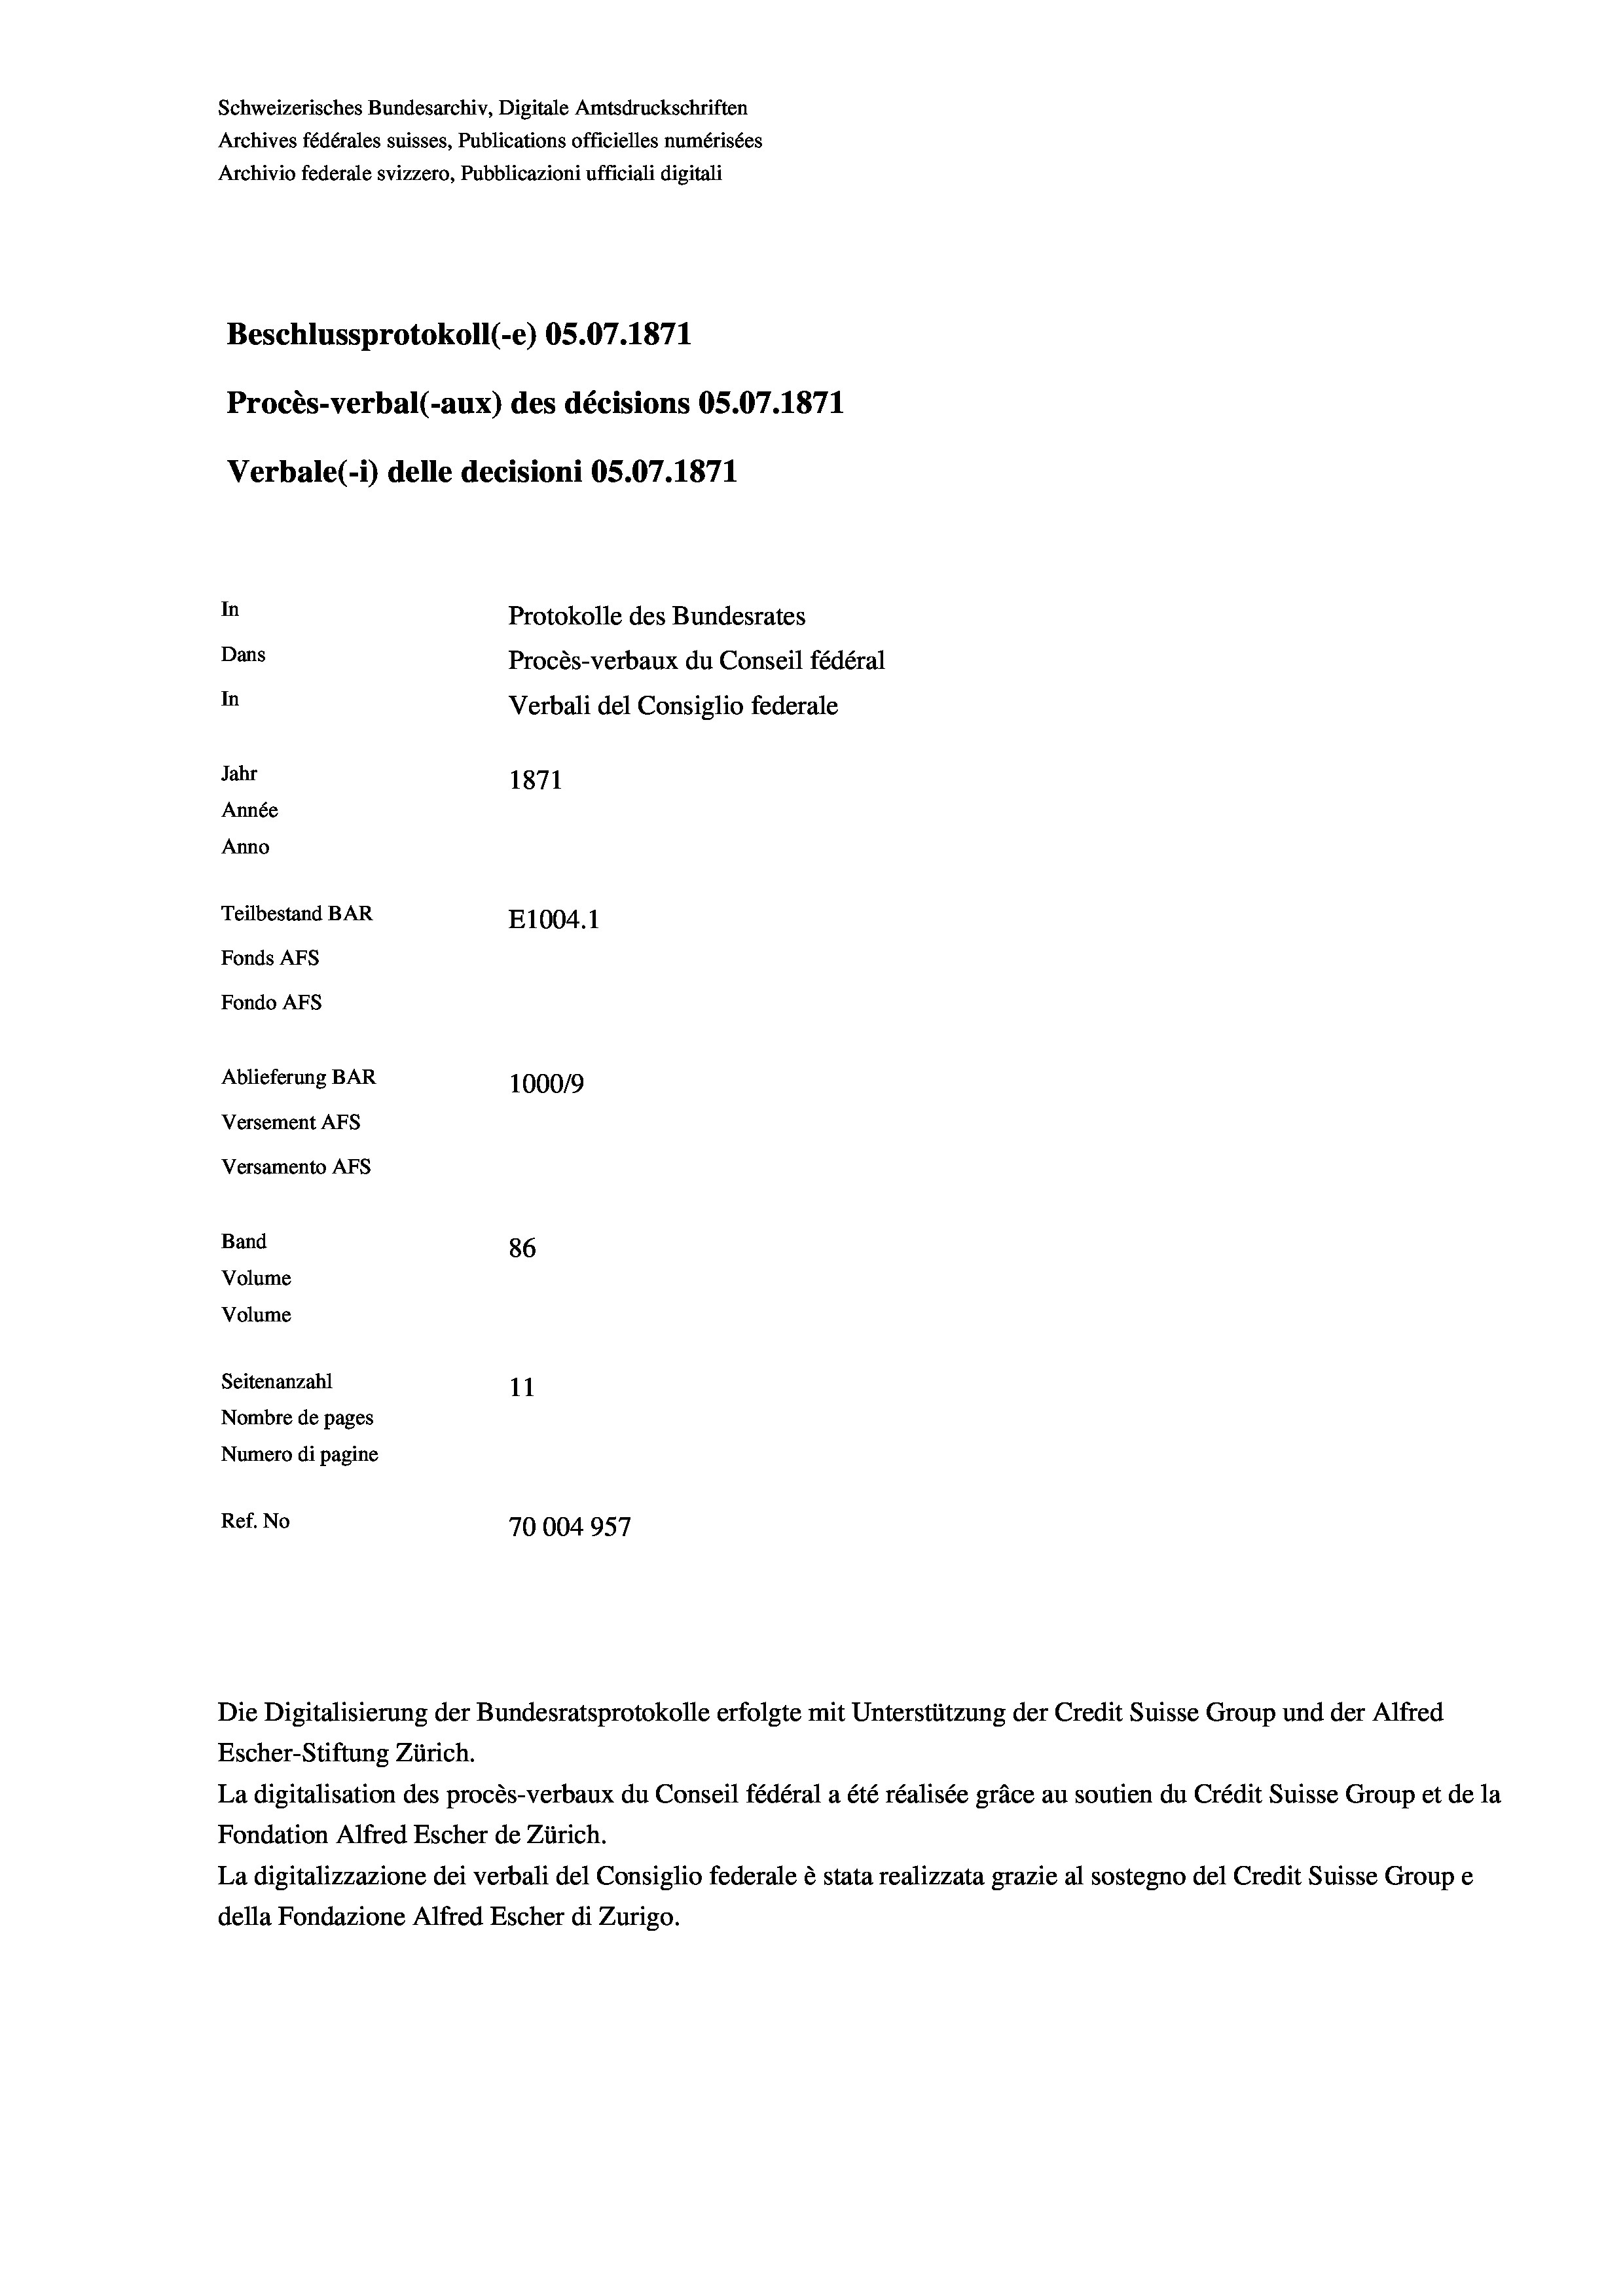
Schweizerisches Bundesarchiv, Digitale Amtsdruckschriften
Archives fédérales suisses, Publications officielles numérisées
Archivio federale svizzero, Pubblicazioni ufficiali digitali
Beschlussprotokoll (-e) OS.07. 1871
Procès-verbal (-aux) des décisions OS.07.1871
Verbale (1) delle decisioni OS.07. 1871
In
Protokolle des Bundesrates
Dans
Procès-verbaux du Conseil fédéral
In
Verbali del Consiglio federale
Jahr
1871
Année
Anno
Teilbestand BAR
E1004. 1
Fonds AFs
Fondo AFs
Ablieferung BAR
100019
Versement AFS
Versamento AFs
Band
86
Volume
Volume
Seitenanzahl
11
Nombre de pages
Numero di pagine
Ref. No
70004957

Die Digitalisierung der Bundesratsprotokolle erfolgte mit Unterstützung der Credit Suisse Group und der Alfred
Escher-Stiftung Zürich.
La digitalisation des procès-verbaux du Conseil fédéral a été réalisée gräce au soutien du Crédit Suisse Group et de la
Fondation Alfred Escher de Zürich.
La digitalizzazione dei verbali del Consiglio federale è stata realizzata grazie al sostegno del Credit Suisse Groupe
della Fondazione Alfred Escher di Zurigo.